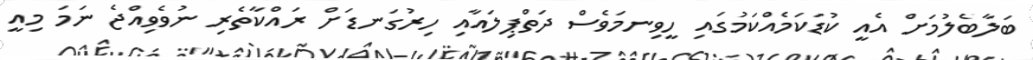
ބަލާބެލުމަށް އެއީ ކުޑަކަމެއްކަމުގައި ހީވިނމަވެސް ދަތްޕިލައާއި ހިރުގަނޑަށް ރައްކާތެރި ނުވެވިއްޖެ ނަމަ މިއީ